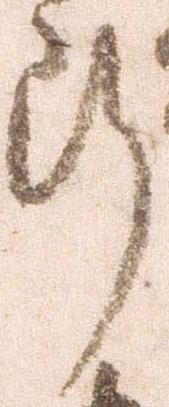
断